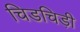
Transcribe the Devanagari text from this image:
चिडचिड़ी